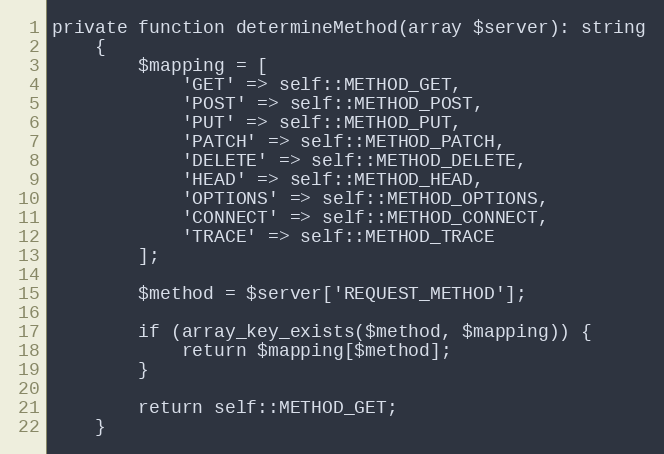
Language: PHP
private function determineMethod(array $server): string
    {
        $mapping = [
            'GET' => self::METHOD_GET,
            'POST' => self::METHOD_POST,
            'PUT' => self::METHOD_PUT,
            'PATCH' => self::METHOD_PATCH,
            'DELETE' => self::METHOD_DELETE,
            'HEAD' => self::METHOD_HEAD,
            'OPTIONS' => self::METHOD_OPTIONS,
            'CONNECT' => self::METHOD_CONNECT,
            'TRACE' => self::METHOD_TRACE
        ];

        $method = $server['REQUEST_METHOD'];

        if (array_key_exists($method, $mapping)) {
            return $mapping[$method];
        }

        return self::METHOD_GET;
    }